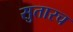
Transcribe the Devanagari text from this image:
सुतारच